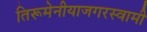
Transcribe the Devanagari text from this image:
तिरूमेनीयाजगरस्वामी